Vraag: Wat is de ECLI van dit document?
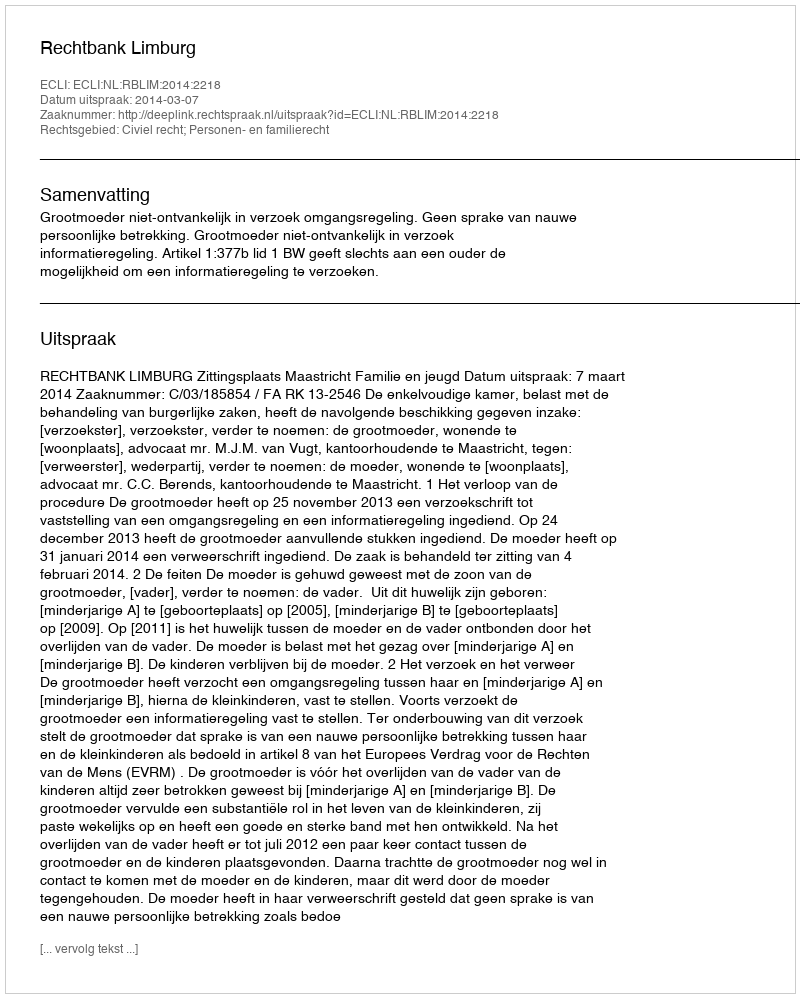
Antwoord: ECLI:NL:RBLIM:2014:2218